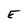
Character: E